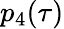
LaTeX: p_{4}(\tau)